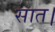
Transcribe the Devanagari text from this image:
सात।